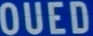
OUED